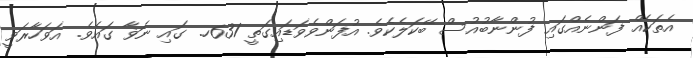
އެތަކެއް ފަންނެއްގައި ފުންނާބުއުސް ބޭކަލެކެވެ. އުފަންވެވަޑައިގަތީ 631ހ. ގައި ނަޥާ ގައެވެ. އަވަހާރަވީ